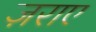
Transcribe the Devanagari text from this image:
ज़राए